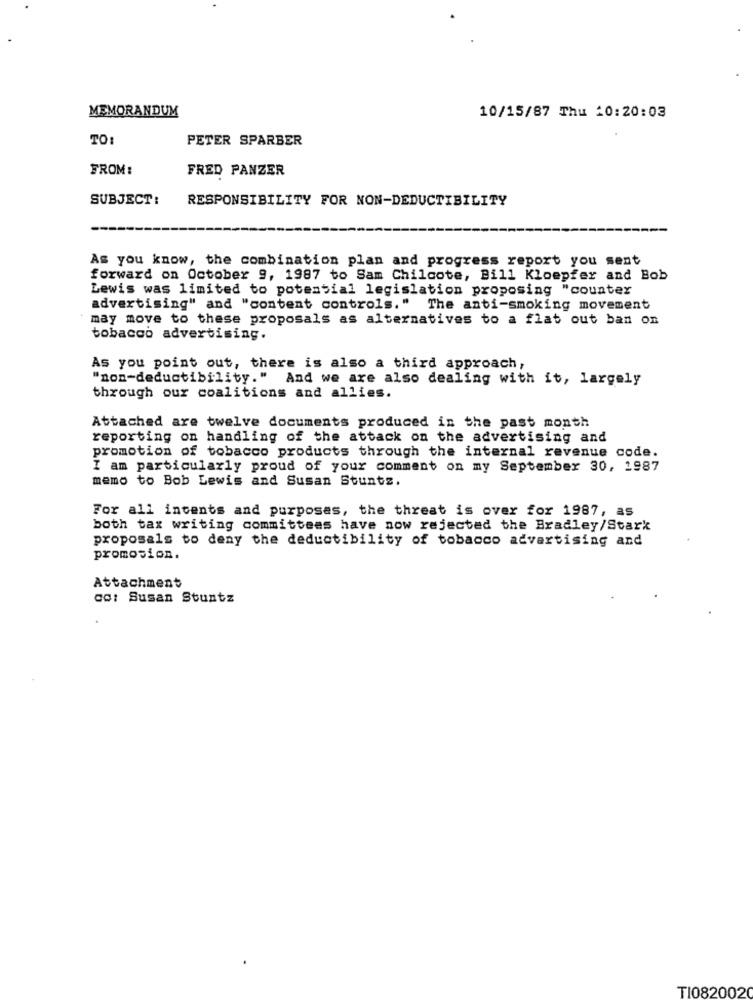
MEMORANDUM
10/15/87 Thu 10:20:03
TO:
PETER SPARBER
FROM:
FRED PANZER
SUBJECT:
RESPONSIBILITY FOR NON-DEDUCTIBILITY
As you know, the combination plan and progress report you sent
forward on October 9, 1987 to Sam Chilcote, Bill Kloepfer and Bob
Lewis was limited to potensial legislation proposing "counter
advertising" and "content controls." The anti-smoking movement
may move to these proposals as alternatives to a flat out ban on
tobacco advertising.
As you point out, there is also a third approach,
"non-deductibility." And we are also dealing with it, largely
through our coalitions and allies.
Attached are twelve documents produced in the past month
reporting on handling of the attack on the advertising and
promotion of tobacco products through the internal revenue code.
I am particularly proud of your comment on my September 30, 1987
memo to Bob Lewis and Susan Stuntz.
For all incents and purposes, the threat is over for 1987, as
both tax writing committees have now rejected the Bradley/Stark
proposals to deny the deductibility of tobacco advertising and
promosion.
Attachment
co: Susan Stuntz
TI082002